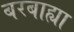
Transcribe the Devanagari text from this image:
बरबाह्या